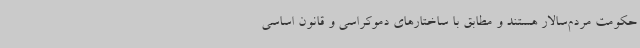
حکومت مردم‌سالار هستند و مطابق با ساختارهای دموکراسی و قانون اساسی